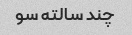
چند سالته سو